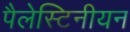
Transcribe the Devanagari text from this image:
पैलेस्टिनीयन